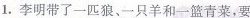
1.李明带了一匹狼、一只羊和一篮青菜，要